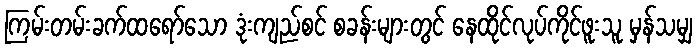
ကြမ်းတမ်းခက်ထရော်သော ဒုံးကျည်စင် စခန်းများတွင် နေထိုင်လုပ်ကိုင်ဖူးသူ မှန်သမျှ